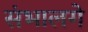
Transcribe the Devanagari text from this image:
संभालगे